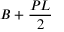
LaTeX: B + { \frac { P L } { 2 } } \,